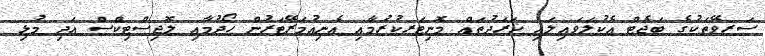
ސަރވޭތަކުގެ ބަޖެޓްް އެކުލަވައިލައި ޚަރަދުތައް މޮނިޓަރކުރުމާއި އެނިއުމަރޭޓަރުން ހޯދުމާއި ލޮޖިސްޓިކްސް އަދި މުޅި